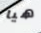
هيا